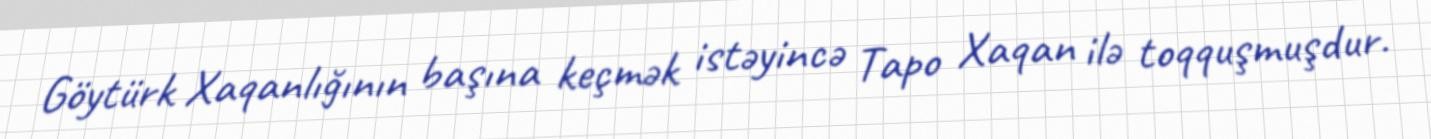
Göytürk Xaqanlığının başına keçmək istəyincə Tapo Xaqan ilə toqquşmuşdur.